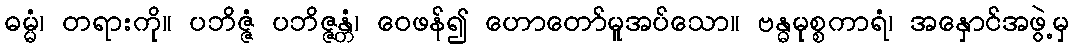
ဓမ္မံ၊ တရားကို။ ပဘိဇ္ဇံ ပဘိဇ္ဇန္တံ၊ ဝေဖန်၍ ဟောတော်မူအပ်သော။ ဗန္ဓမုစ္စကာရံ၊ အနှောင်အဖွဲ့မှ